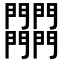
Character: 𨷾